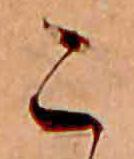
こ